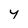
Character: y